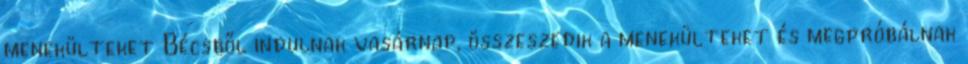
menekülteket Bécsből indulnak vasárnap, összeszedik a menekülteket és megpróbálnak